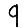
Digit: 9